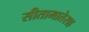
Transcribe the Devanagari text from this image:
सीतामातेसह